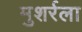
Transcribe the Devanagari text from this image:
मुशर्रला